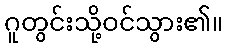
ဂူတွင်းသို့ဝင်သွား၏။